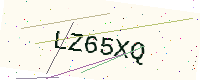
Text: LZ65XQ